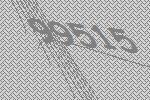
99515